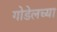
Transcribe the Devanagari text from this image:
गोडेलच्या